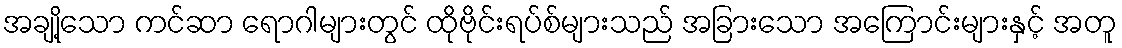
အချို့သော ကင်ဆာ ရောဂါများတွင် ထိုဗိုင်းရပ်စ်များသည် အခြားသော အကြောင်းများနှင့် အတူ